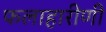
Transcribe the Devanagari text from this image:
फलाहारीणी